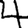
Digit: 4